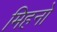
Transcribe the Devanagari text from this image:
मिहनो